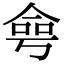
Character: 𠋒